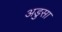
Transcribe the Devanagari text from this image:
अडुसा